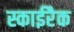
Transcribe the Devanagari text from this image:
स्काईरैक